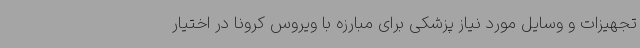
تجهیزات و وسایل مورد نیاز پزشکی برای مبارزه با ویروس کرونا در اختیار